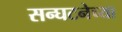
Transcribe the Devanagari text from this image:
सन्घटनेच्या